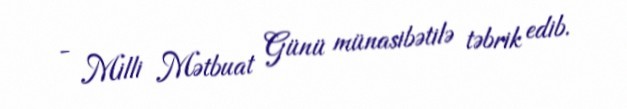
- Milli Mətbuat Günü münasibətilə təbrik edib.